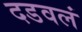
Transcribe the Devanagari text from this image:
दडवलं